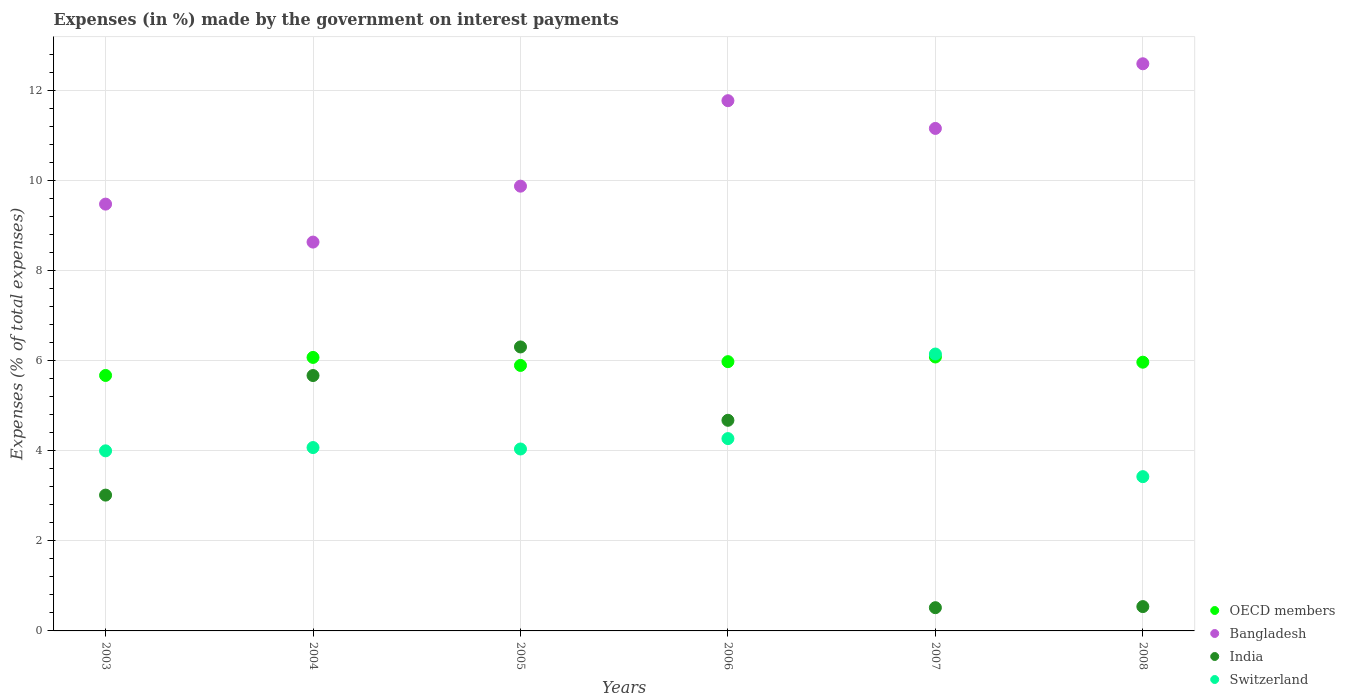
| Years | OECD members | Bangladesh | India | Switzerland |
 | --- | --- | --- | --- | --- |
 | 2003 | 5.67 | 9.48 | 3.02 | 4 |
 | 2004 | 6.07 | 8.63 | 5.67 | 4.07 |
 | 2005 | 5.89 | 9.87 | 6.3 | 4.04 |
 | 2006 | 5.98 | 11.8 | 4.68 | 4.27 |
 | 2007 | 6.08 | 11.2 | 0.516 | 6.15 |
 | 2008 | 5.97 | 12.6 | 0.54 | 3.42 |